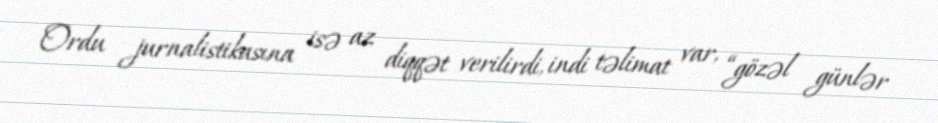
Ordu jurnalistikasına isə az diqqət verilirdi, indi təlimat var, “gözəl günlər